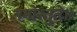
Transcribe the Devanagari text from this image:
नमोस्तुते॥